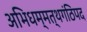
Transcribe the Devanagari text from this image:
अभिधम्मत्थगंठिपद